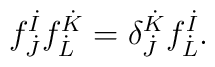
f^{\dot{I}}_{\dot{J}} f^{\dot{K}}_{\dot{L}} = \delta^{\dot{K}}_{\dot{J}} f^{\dot{I}}_{\dot{L}}.